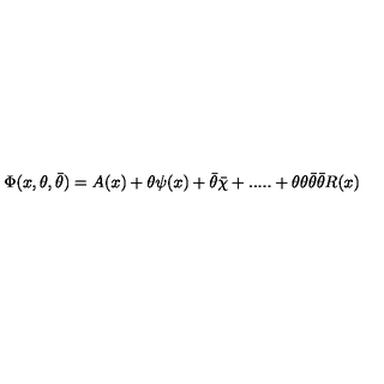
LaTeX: \Phi ( x , \theta , \bar { \theta } ) = A ( x ) + \theta \psi ( x ) + \bar { \theta } \bar { \chi } + . . . . . + \theta \theta \bar { \theta } \bar { \theta } R ( x )